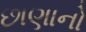
છાણાનો